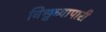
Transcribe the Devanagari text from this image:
विश्वव्यापारी